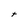
Character: t